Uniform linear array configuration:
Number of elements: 48
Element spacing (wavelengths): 0.5
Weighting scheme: kaiser
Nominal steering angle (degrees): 0
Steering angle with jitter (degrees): -0.9474
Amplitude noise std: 0.05
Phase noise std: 0.05

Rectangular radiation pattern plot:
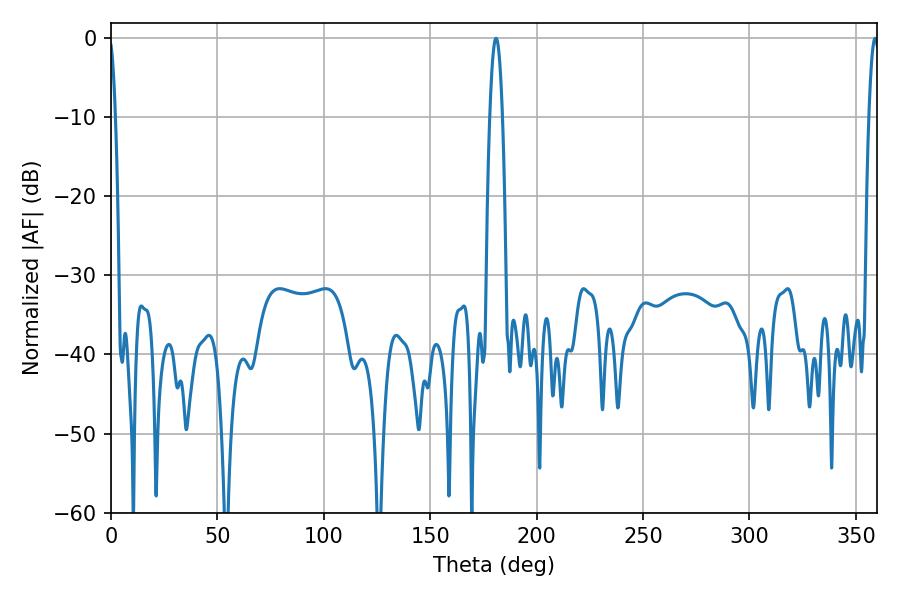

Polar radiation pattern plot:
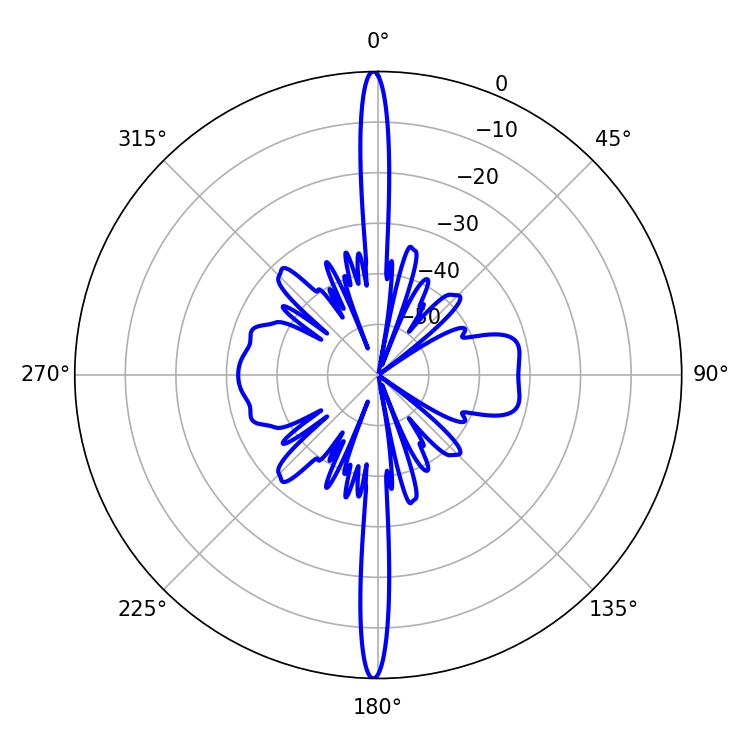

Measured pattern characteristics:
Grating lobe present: FALSE
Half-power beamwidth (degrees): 2.52
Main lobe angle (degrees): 359.1